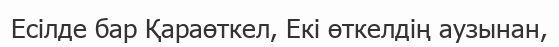
Есілде бар Қараөткел, Екі өткелдің аузынан,